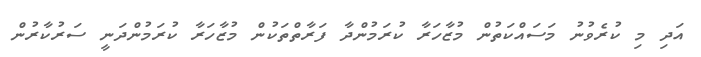
އަދި މި ކުރެވުނު މަސައްކަތުން މުޒާހަރާ ކުރަމުންދާ ފަރާތްތަކުން މުޒާހަރާ ކުރަމުންދަނީ ސަރުކާރުން